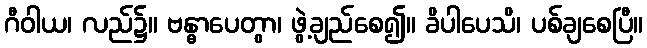
ဂီဝါယ၊ လည်၌။ ဗန္ဓာပေတွာ၊ ဖွဲ့ချည်စေ၍။ ခိပါပေသိ၊ ပစ်ချစေပြီ။